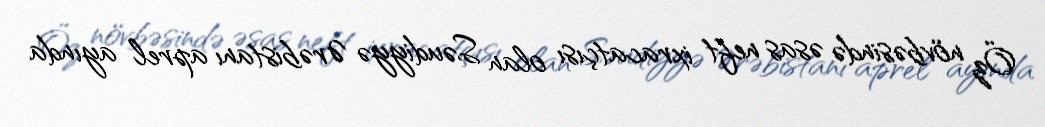
Öz növbəsində əsas neft ixracatçısı olan Səudiyyə Ərəbistanı aprel ayında